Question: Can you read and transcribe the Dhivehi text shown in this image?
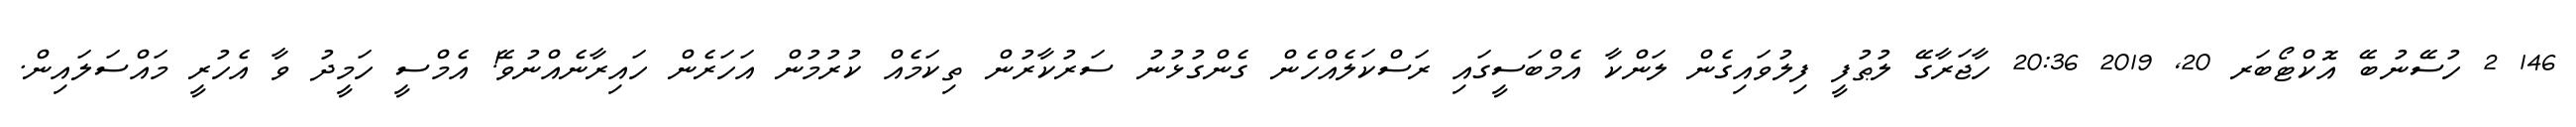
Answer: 146 2 ހުސޭނުބޭ އޮކްޓޯބަރ 20, 2019 20:36 ހާޖަރާގޭ ލުޠުފީ ފިލުވައިގެން ލަންކާ އެމްބަސީގައި ރަސްކަލެއްހެން ގެންގުޅުނު ސަރުކާރުން ތިކަމެއް ކުރުމުން އަހަރެން ހައިރާނެއްނުވޭ! އެމްސީ ހަމީދު ވާ އެހުރީ މައްސަލައިން.